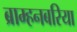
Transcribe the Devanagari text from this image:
ब्राम्हनबरिया